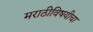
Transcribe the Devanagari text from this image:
मराठीविषयीचा